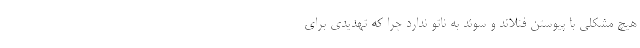
هیچ مشکلی با پیوستن فنلاند و سوئد به ناتو ندارد چرا که تهدیدی برای